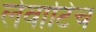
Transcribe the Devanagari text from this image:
लेवाटिच